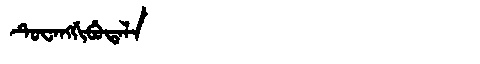
Manchu: ᡨᡠᠸᠠᠩᡤᡳᠪᡠᡨᠠᠯᠠ
Romanization: TUWANGGIBUTALA